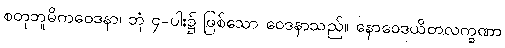
စတုဘူမိကဝေဒနာ၊ ဘုံ ၄-ပါး၌ ဖြစ်သော ဝေဒနာသည်။ နောဝေဒယိတလက္ခဏာ